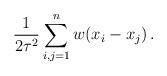
LaTeX: \begin{align*}\frac{1}{2\tau^2} \sum_{i,j=1}^n w(x_i-x_j)\,.\end{align*}